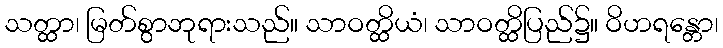
သတ္ထာ၊ မြတ်စွာဘုရားသည်။ သာဝတ္ထိယံ၊ သာဝတ္ထိပြည်၌။ ဝိဟရန္တော၊